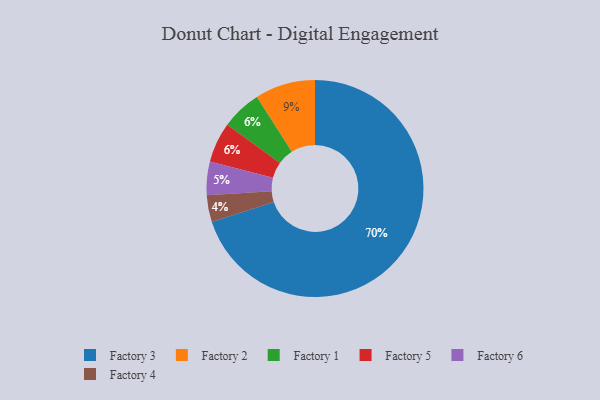
{"axis": {"x": "Category", "y": "Percentage"}, "legend": ["Factory 1", "Factory 2", "Factory 3", "Factory 4", "Factory 5", "Factory 6"], "data": [{"x": "Factory 2", "y": 9, "type": "Factory 2"}, {"x": "Factory 6", "y": 5, "type": "Factory 6"}, {"x": "Factory 1", "y": 6, "type": "Factory 1"}, {"x": "Factory 5", "y": 6, "type": "Factory 5"}, {"x": "Factory 4", "y": 4, "type": "Factory 4"}, {"x": "Factory 3", "y": 70, "type": "Factory 3"}]}